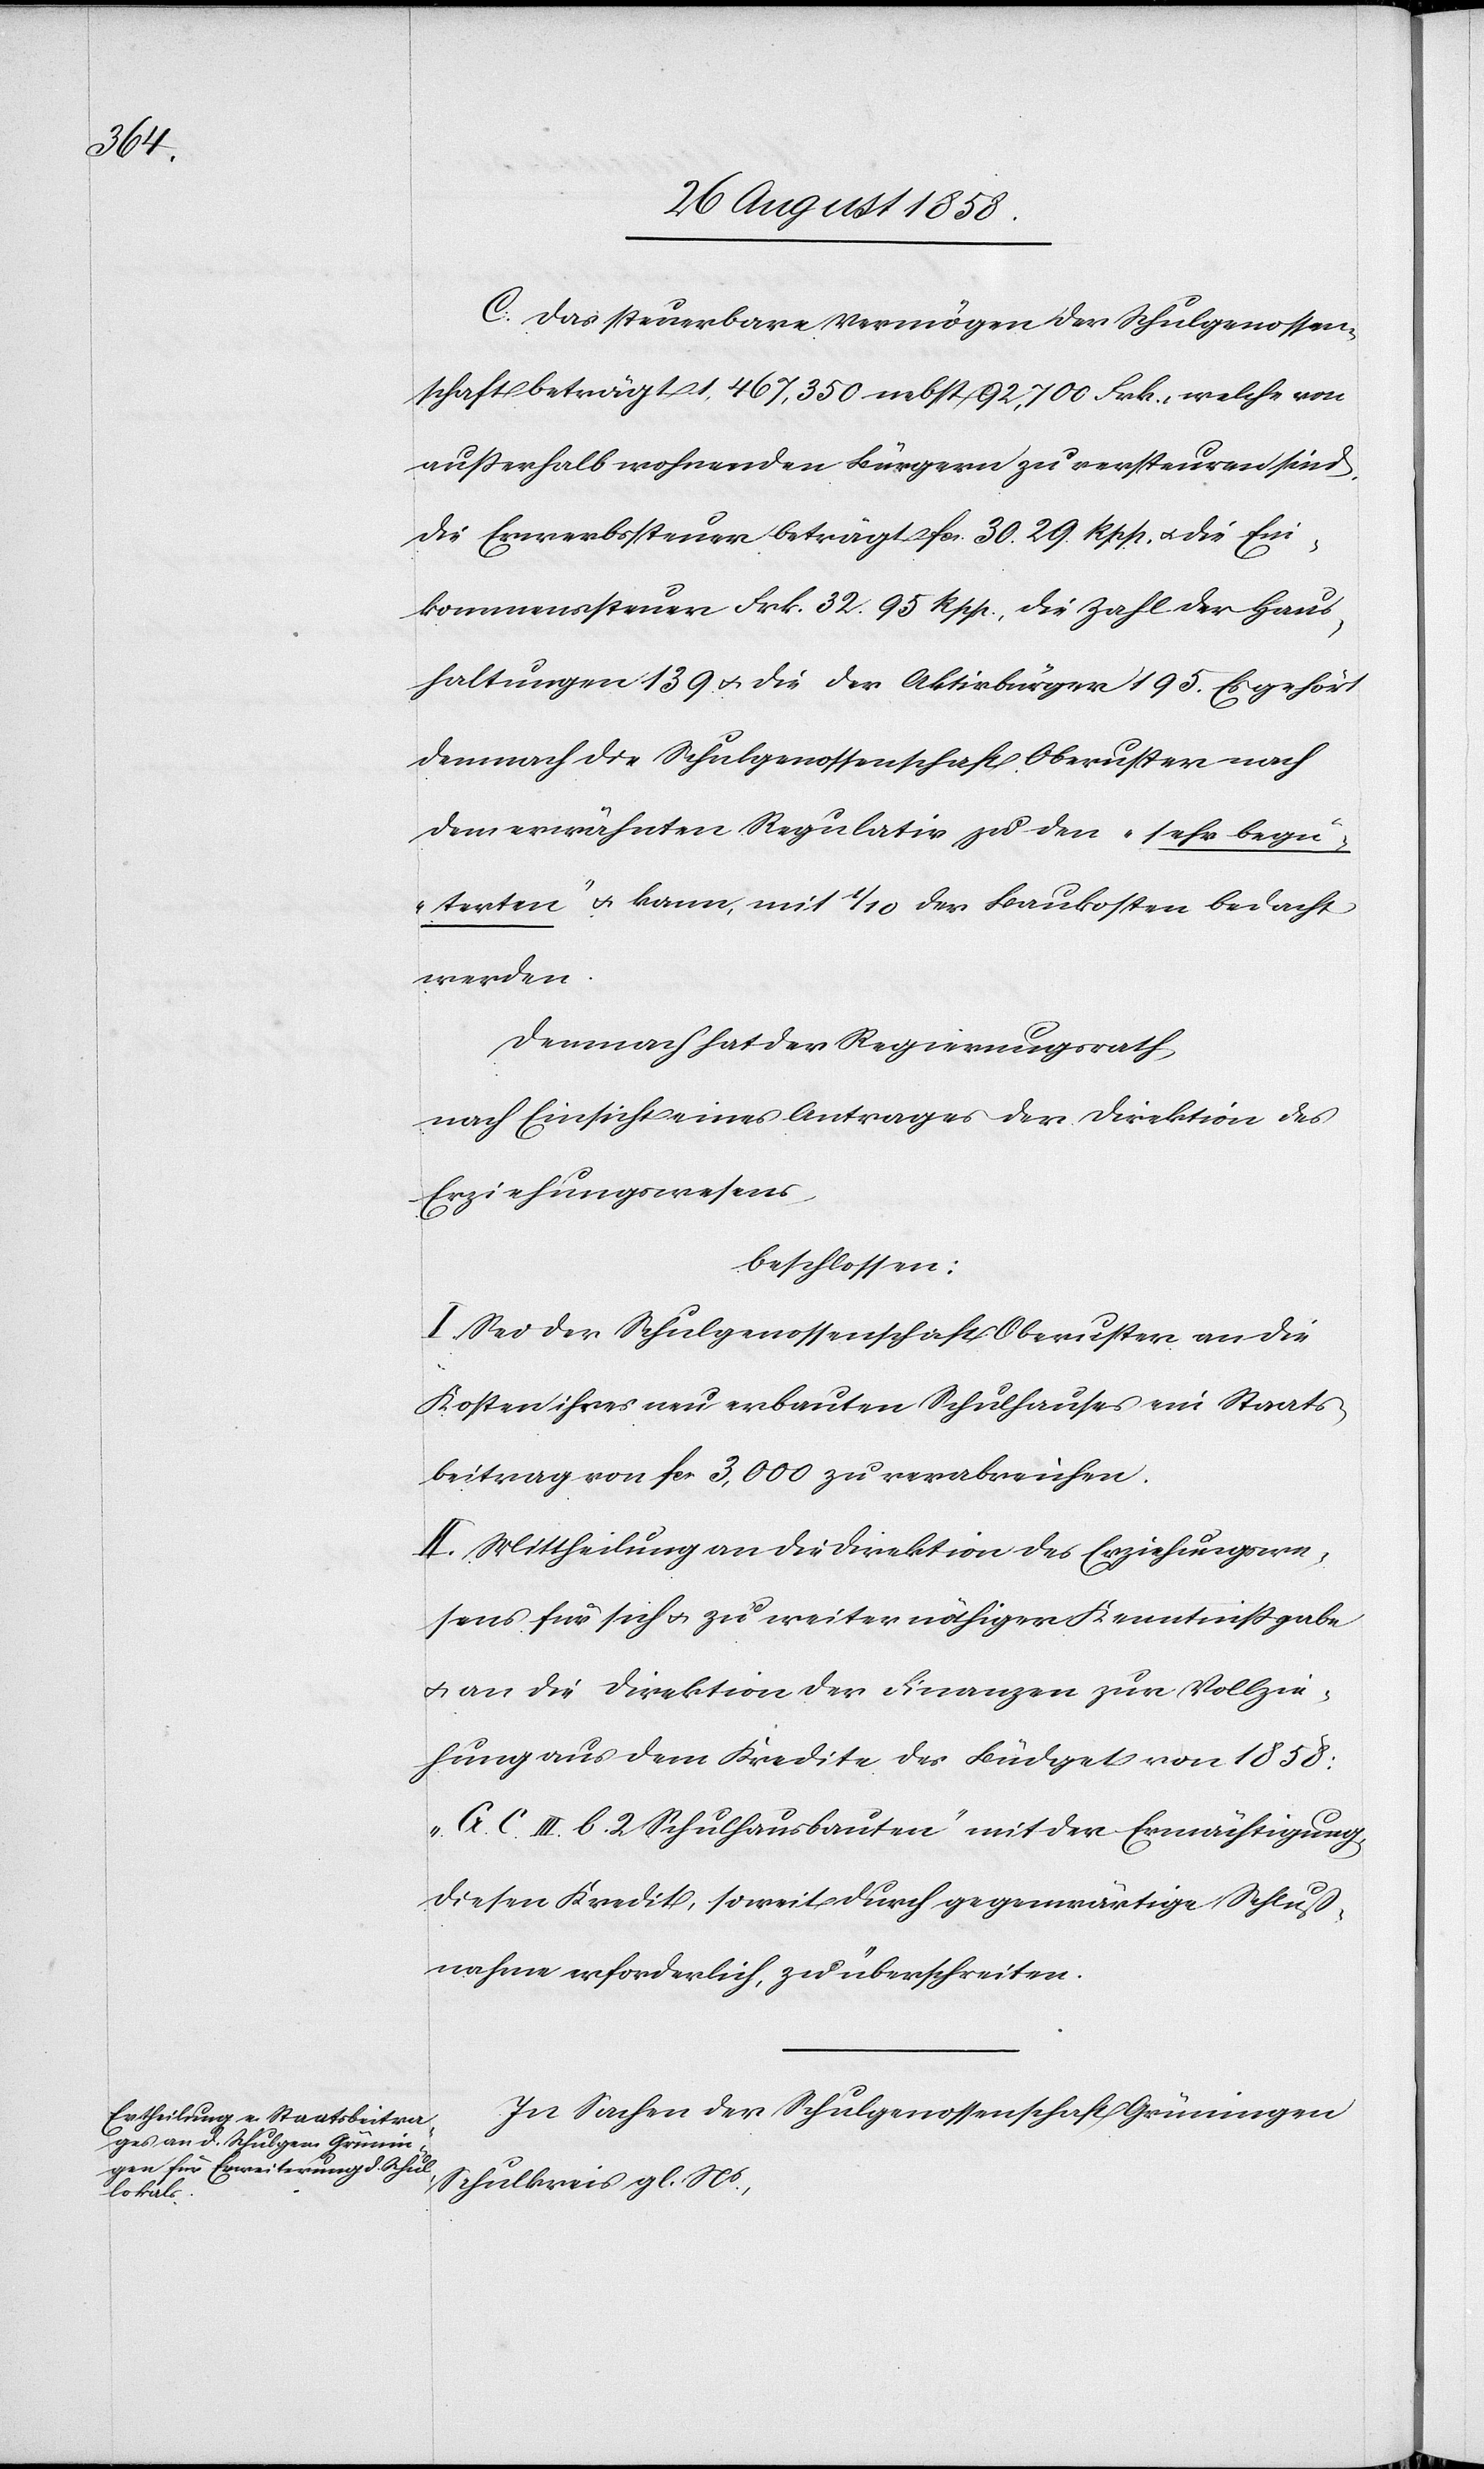
C. Das steuerbare Vermögen der Schulgenossen¬
schaft beträgt 1,467,350 nebst 92,700 Frk., welche von
ausserhalb wohnenden Bürgern zu versteuren sind.
Die Erwerbssteuer beträgt fcs. 30. 29. Rpp. & die Ein¬
kommenssteuer Frk. 32. 95 Rpp., die Zahl der Haus¬
haltungen 139 & die der Aktivbürger 195. Es gehört
demnach die Schulgenossenschaft Oberuster nach
dem erwähnten Regulativ zu den „sehr begü¬
terten“ & kann mit 1/10 der Baukosten bedacht
werden.
Demnach hat der Regierungsrath
nach Einsicht eines Antrages der Direktion des
Erziehungswesens,
beschlossen:
I. Sei der Schulgenossenschaft Oberuster an die
Kosten ihres neu erbauten Schulhauses ein Staats¬
beitrag von fcs. 3,000 zu verabreichen.
II. Mittheilung an die Direktion des Erziehungswe¬
sens für sich & zu weiter nöthiger Kenntnissgabe
& an die Direktion der Finanzen zur Vollzie¬
hung aus dem Kredite des Büdget von 1858:
„G. C. III. b. 2 Schulhausbauten“ mit der Ermächtigung,
diesen Kredit, soweit durch gegenwärtige Schluß¬
nahme erforderlich, zu überschreiten.
In Sachen der Schulgenossenschaft Grüningen
Schulkreis gl. Ns.,